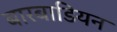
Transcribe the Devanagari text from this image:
बारबाडियन